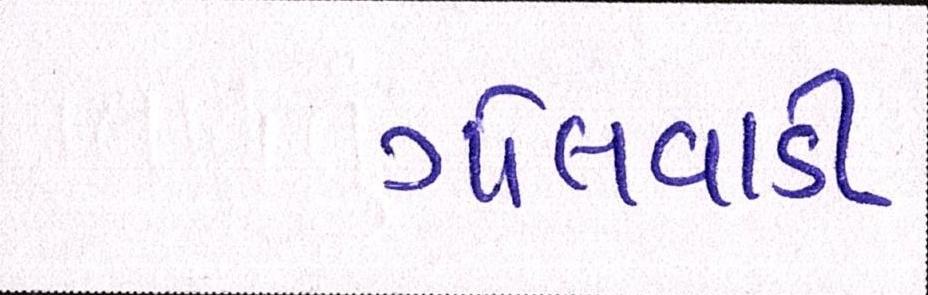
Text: ગોલવાડી